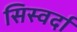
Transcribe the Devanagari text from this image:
सिस्वर्दा